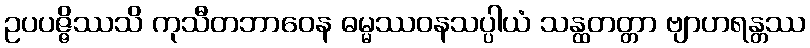
ဥပပဇ္ဇိဿသိ ကုသီတဘာဝေန ဓမ္မဿဝနသပ္ပါယံ သန္ထတတ္တာ ဗျာဟရန္တဿ